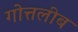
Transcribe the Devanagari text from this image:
गोत्तलीब